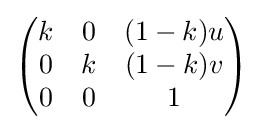
{\begin{pmatrix}k&0&(1-k)u\\0&k&(1-k)v\\0&0&1\end{pmatrix}}